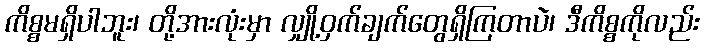
ကိစ္စမရှိပါဘူး၊ တို့အားလုံးမှာ လျှို့ဝှက်ချက်တွေရှိကြတာပဲ၊ ဒီကိစ္စကိုလည်း